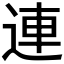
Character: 連